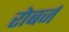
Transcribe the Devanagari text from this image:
रोबर्ज